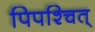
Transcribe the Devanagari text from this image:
पिपश्चित्